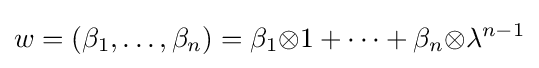
w=(\beta _{1},\ldots ,\beta _{n})=\beta _{1}{\otimes }1+\cdots +\beta _{n}{\otimes }\lambda ^{n-1}